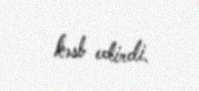
kəsb edirdi.